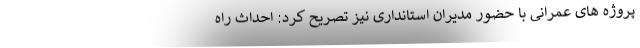
پروژه های عمرانی با حضور مدیران استانداری نیز تصریح کرد: احداث راه